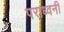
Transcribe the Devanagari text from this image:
पराध्वनी